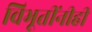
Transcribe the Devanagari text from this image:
विभूतींनीही